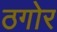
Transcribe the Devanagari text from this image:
ठगोर